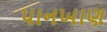
પાનખાણ